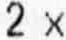
2 X